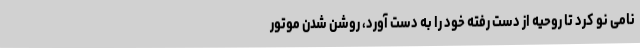
نامی نو کرد تا روحیه از دست رفته خود را به دست آورد، روشن شدن موتور